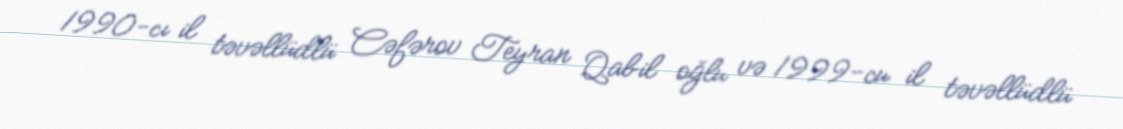
1990-cı il təvəllüdlü Cəfərov Teyran Qabil oğlu və 1999-cu il təvəllüdlü